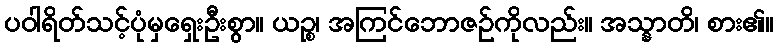
ပဝါရိတ်သင့်ပုံမှရှေးဦးစွာ။ ယဉ္စ၊ အကြင်ဘောဇဉ်ကိုလည်း။ အသ္နာတိ၊ စား၏။